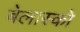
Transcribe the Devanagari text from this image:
बेलास्को